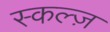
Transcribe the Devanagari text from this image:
स्कल्ज़